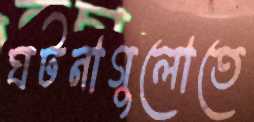
ঘটনাগুলোতে